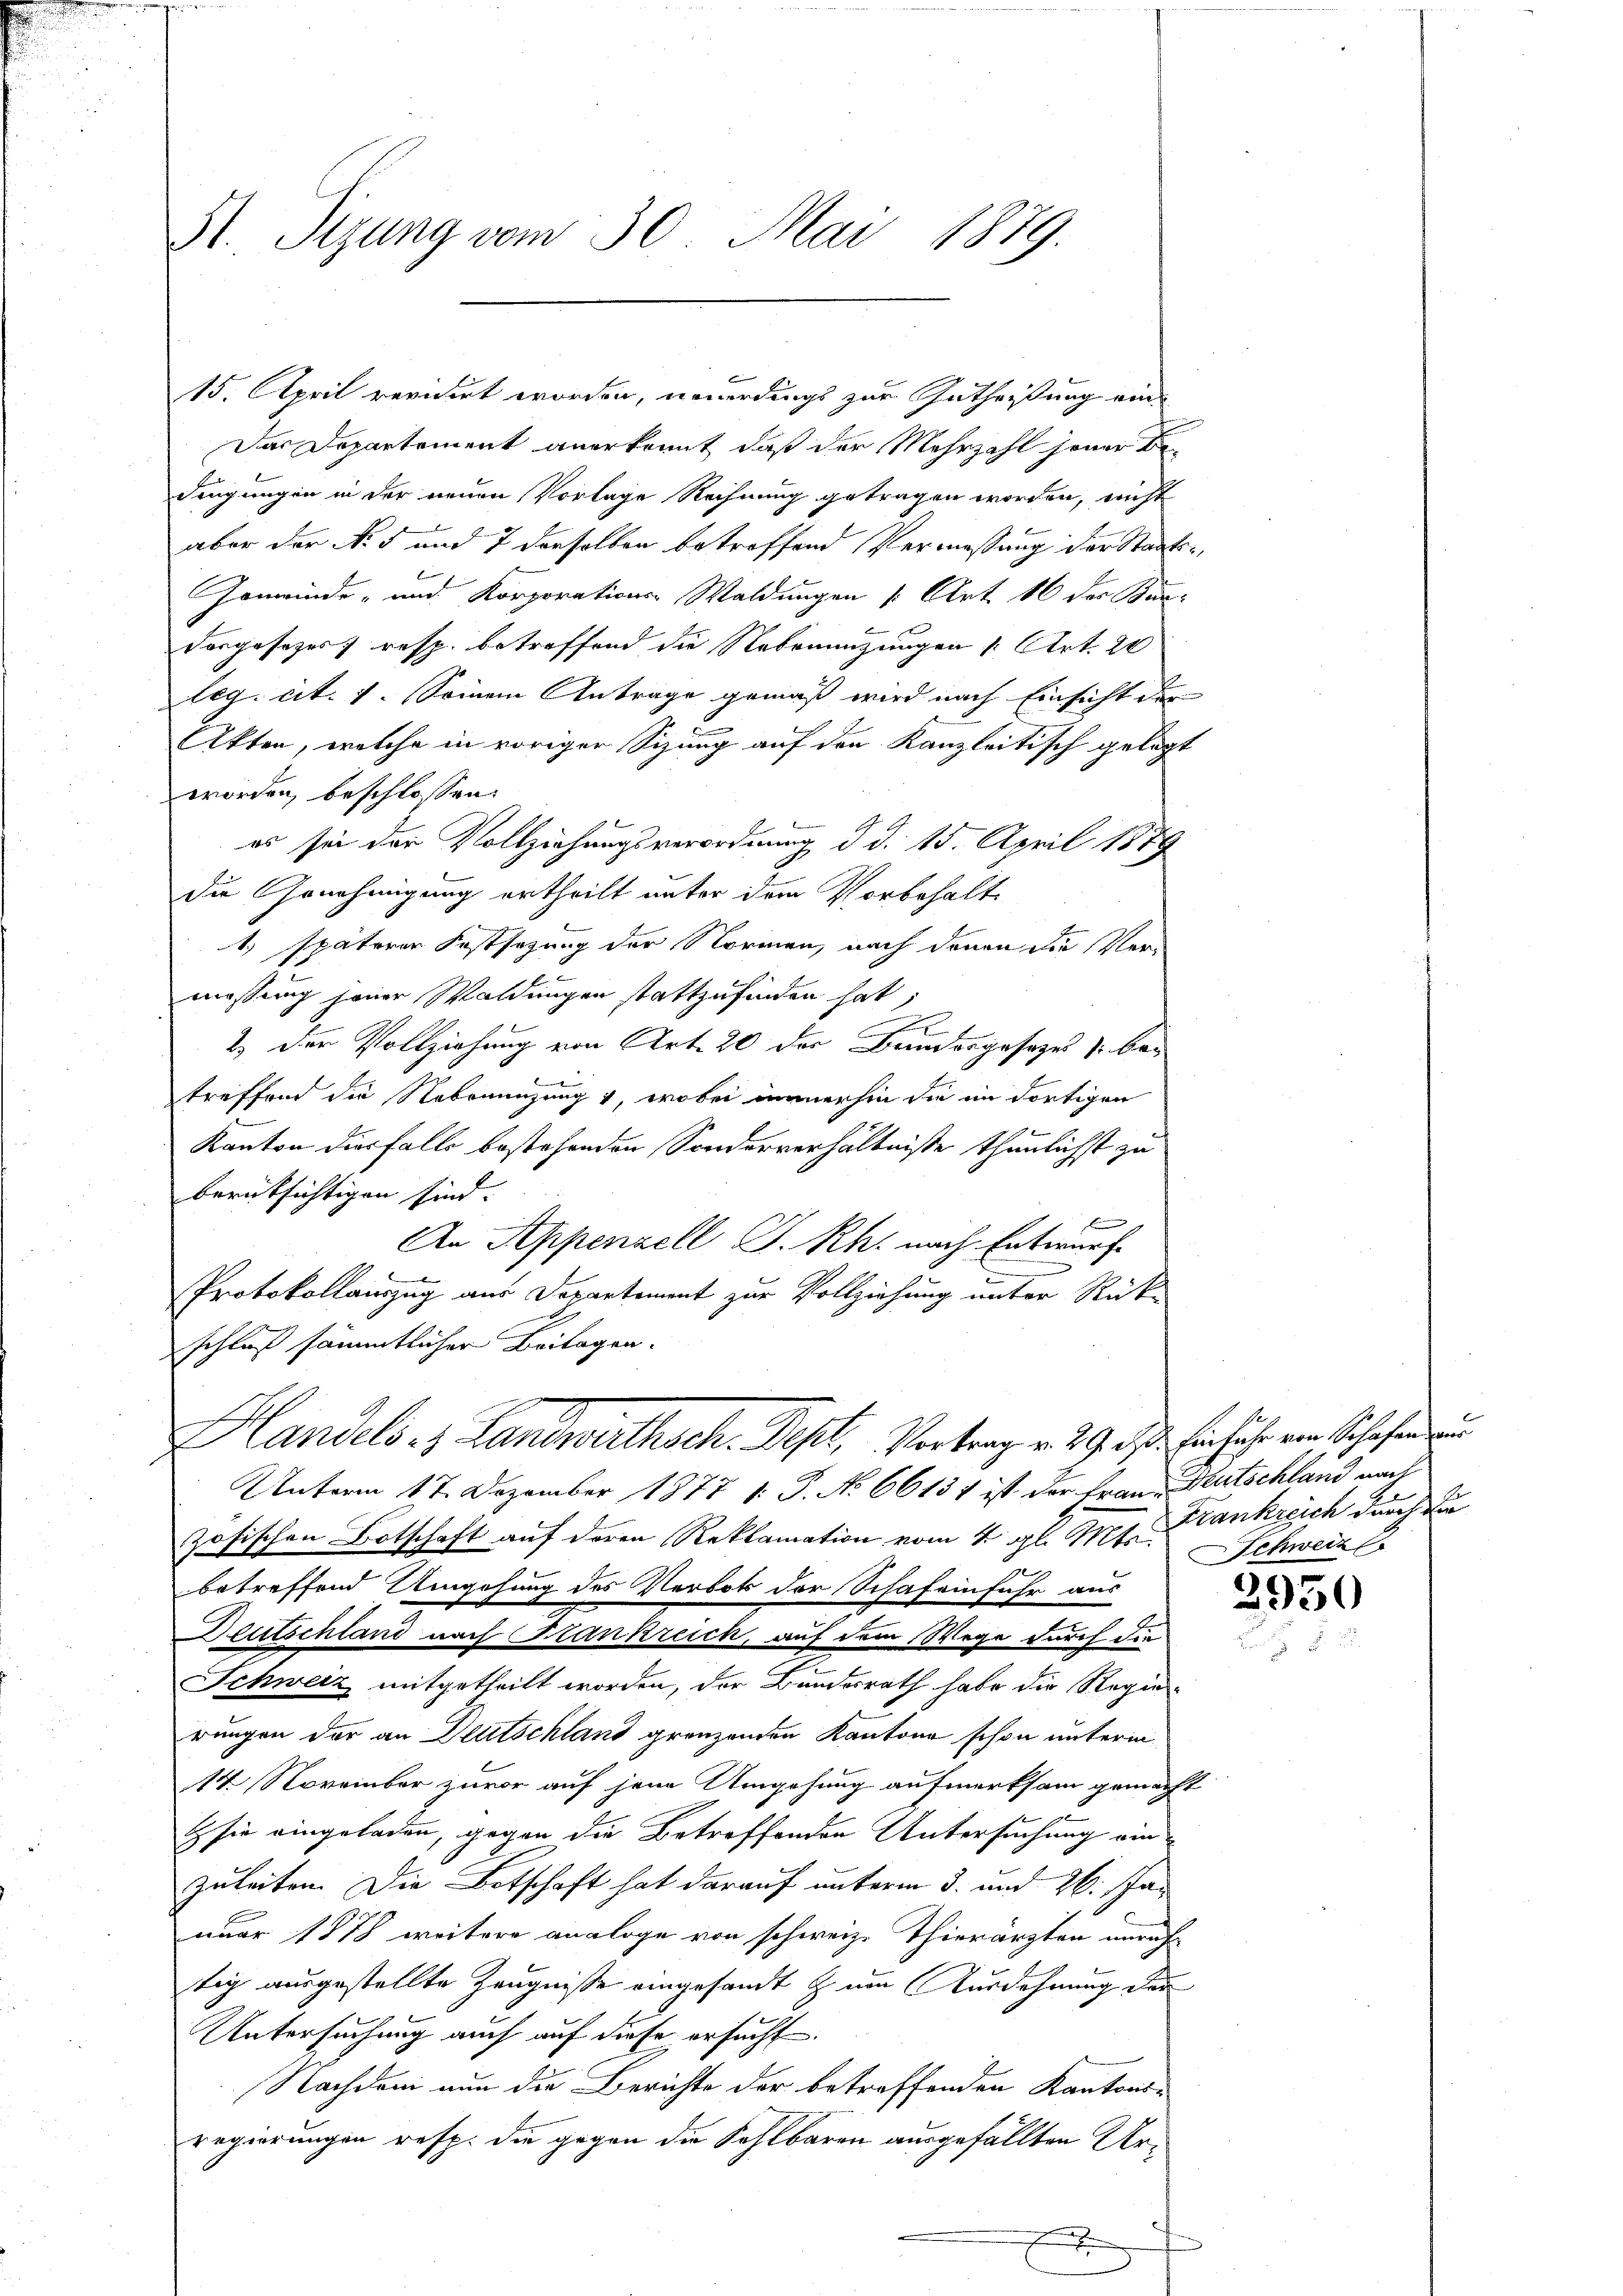
St. Sizung vom 30. Mai 1879.

15. April revidirt worden, neuerdings zur Gutheißung ein¬
Das Departement anerkennt, daß der Mehrzahl jener Bedingungen in der neuen Vorlage Rechnung getragen worden, nicht
aber der No 5 und 7 derselben betreffend Vermessung der Staats¬
Gemeinde- und Korporations-Waldungen [Art. 16 der Bun-
Dasgesezess resp. betreffend die Nebenenzungen 1. Art. 20
leg. cit. 7. Seinem Antrage gemäß wird nach Einsicht der
.
Akten, welche in voriger Sizung auf den Kanzleitisch gelegt
worden, beschlossen:
es sei der Vollziehungsverordnung d. d. 15. April 1879
die Genehmigung ertheilt unter dem Vorbehalte
1) späterer Festsezung der Normen, nach denen die Vermossung jener Waldungen stattzufinden hat,
f
2.) Der Vollziehung von Art. 20 der Bruedergesezes & betreffend die Nebenenzung, wobei immerhin die im dortigen
Kanton diesfalls bestehenden Sonderverhältniße thunlichst zu
berücksichtigen sind.
f
An Appenzell S. Rh. nach Entwurf
Protokollauszug aus Dopartement zur Vollziehung unter Rück-
schluß sämmtlicher Beilagen.
Handels- & Landwirthsch. Post, Vertrag v. 29. d. Einfuhr von Schafen un
Unterm 17. Dezember 1877 1: P. No 6613 & ist der Frau Mutschland nach
zösischen Botschaft auf deren Reklamation vom 4. gl. Gret. Krankreich durch die
betreffend Umgehung des Verbot der Schafeinfuhr aus
Deutschland nach Stankreich, auf dem Wege durch die
2
Schweiz mitgetheilt worden, der Bundesrath habe die Regierungen der an Deutschland gränzenden Kantone schon unterm
14. November zuvor auf jene Umgehung aufmerksam gemacht
g
 sie eingeladen, gegen die Betreffenden Untersuchung ein
zuleiten. Die Botschaft hat darauf unterm 3. und 26. Jan
nuar 1878 weitere analoge von schweiz. Thierärzten unruh
tig ausgestellte Zeugniße eingesandt zum Ausdehnung der
Untersuchung auch auf diese ersucht.
Nachdem nun die Berichte der betreffenden Kantons-
regierungen resp. die gegen die Sahlbaren ausgefällten Ure

Schweiz.

2950